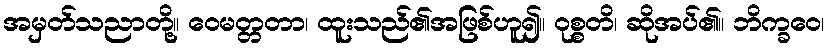
အမှတ်သညာတို့။ ဝေမတ္တတာ၊ ထူးသည်၏အဖြစ်ဟူ၍။ ဝုစ္စတိ၊ ဆိုအပ်၏။ ဘိက္ခဝေ၊